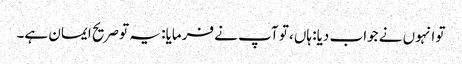
تو انہوں نے جواب دیا: ہاں، تو آپ نے فرمایا: یہ تو صریح ایمان ہے۔